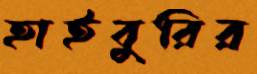
হাইবুরির